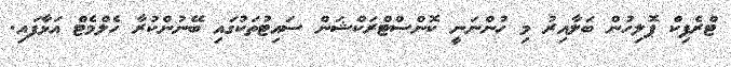
ޓްރެފިކް ޕޮލިހުން ބަލާއިރު މި ހުންނަނީ ކޮންސްޓްރަކްޝަން ސައިޓުތަކުގައި ބޭނުންކުރާ ހެލްމެޓް އަޅާފައި.